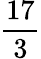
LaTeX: \frac{17}{3}